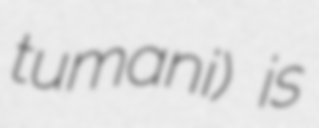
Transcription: tumani) is